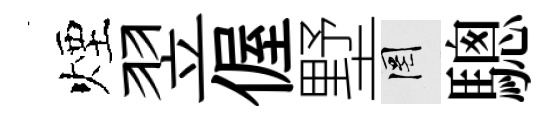
煙翌偓墅罔驄